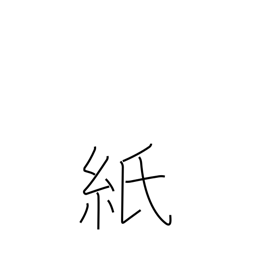
Meaning: paper